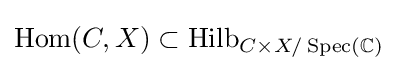
\operatorname {Hom} (C,X)\subset \operatorname {Hilb} _{C\times X/\operatorname {Spec} (\mathbb {C} )}